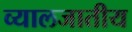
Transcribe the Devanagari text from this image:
व्यालजातीय